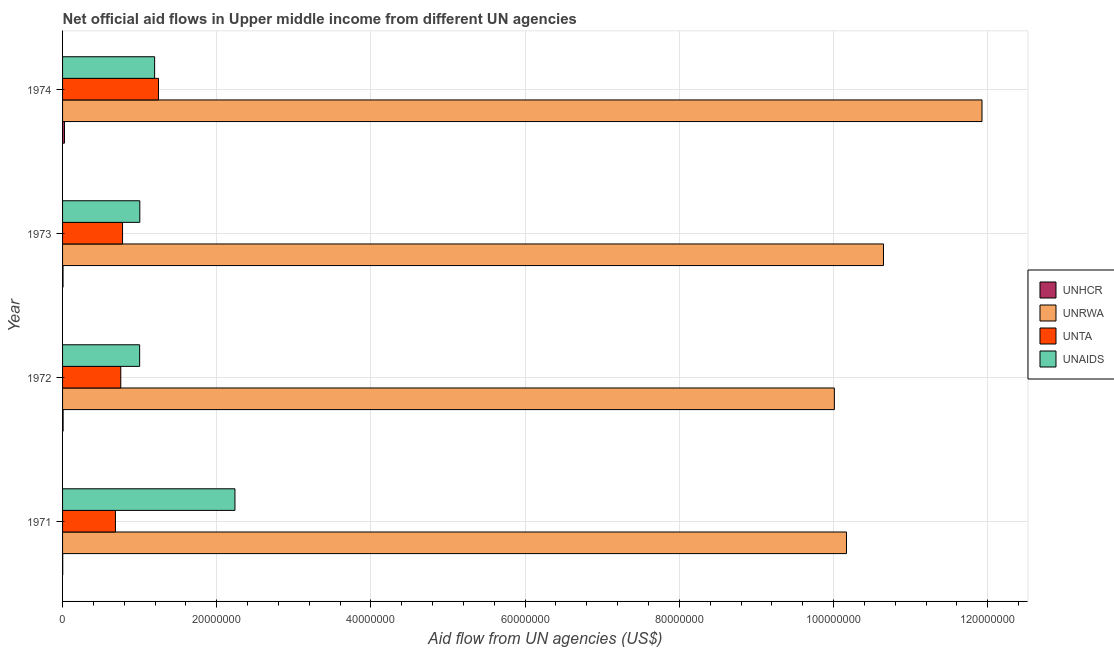
| Year | UNHCR | UNRWA | UNTA | UNAIDS |
 | --- | --- | --- | --- | --- |
 | 1971 | 2e+04 | 1.02e+08 | 6.86e+06 | 2.24e+07 |
 | 1972 | 7e+04 | 1e+08 | 7.55e+06 | 1e+07 |
 | 1973 | 6e+04 | 1.06e+08 | 7.78e+06 | 1e+07 |
 | 1974 | 2.5e+05 | 1.19e+08 | 1.24e+07 | 1.19e+07 |